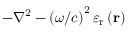
- { \nabla ^ { 2 } } - \left( \omega / c \right) ^ { 2 } { \varepsilon _ { \mathrm { { r } } } } \left( { \bf { r } } \right)